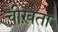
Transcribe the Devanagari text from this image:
चीख़ता